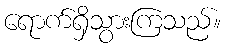
ရောက်ရှိသွားကြသည်။